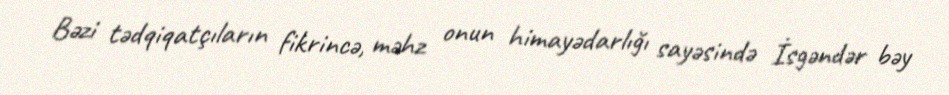
Bəzi tədqiqatçıların fikrincə, məhz onun himayədarlığı sayəsində İsgəndər bəy